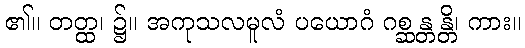
၏။ တတ္ထ၊ ၌။ အကုသလမူလံ ပယောဂံ ဂစ္ဆန္တန္တိ၊ ကား။